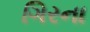
ગિરના